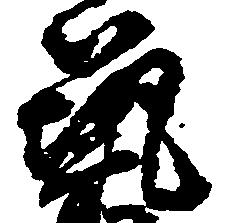
筑